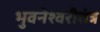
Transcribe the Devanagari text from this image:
भुवनेश्वरीतंत्र